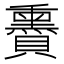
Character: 𧸬